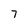
Character: 7